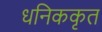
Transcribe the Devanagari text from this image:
धनिककृत